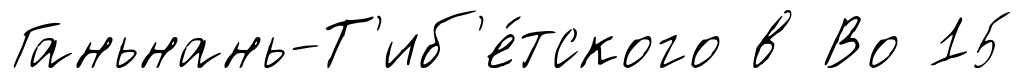
Ганьнань-Т'иб'е́тского в Во 15